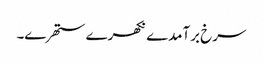
سرخ برآمدے نکھرے ستھرے۔